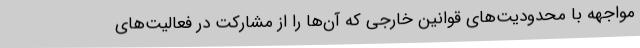
مواجهه با محدودیت‌های قوانین خارجی که آن‌ها را از مشارکت در فعالیت‌های